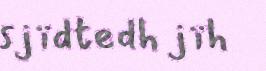
sjïdtedh jïh